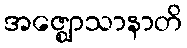
အဇ္ဈောသာနာတိ